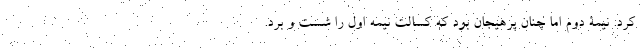
کرد. نیمۀ دوم اما چنان پرهیجان بود که کسالت نیمه اول را شست و بُرد.